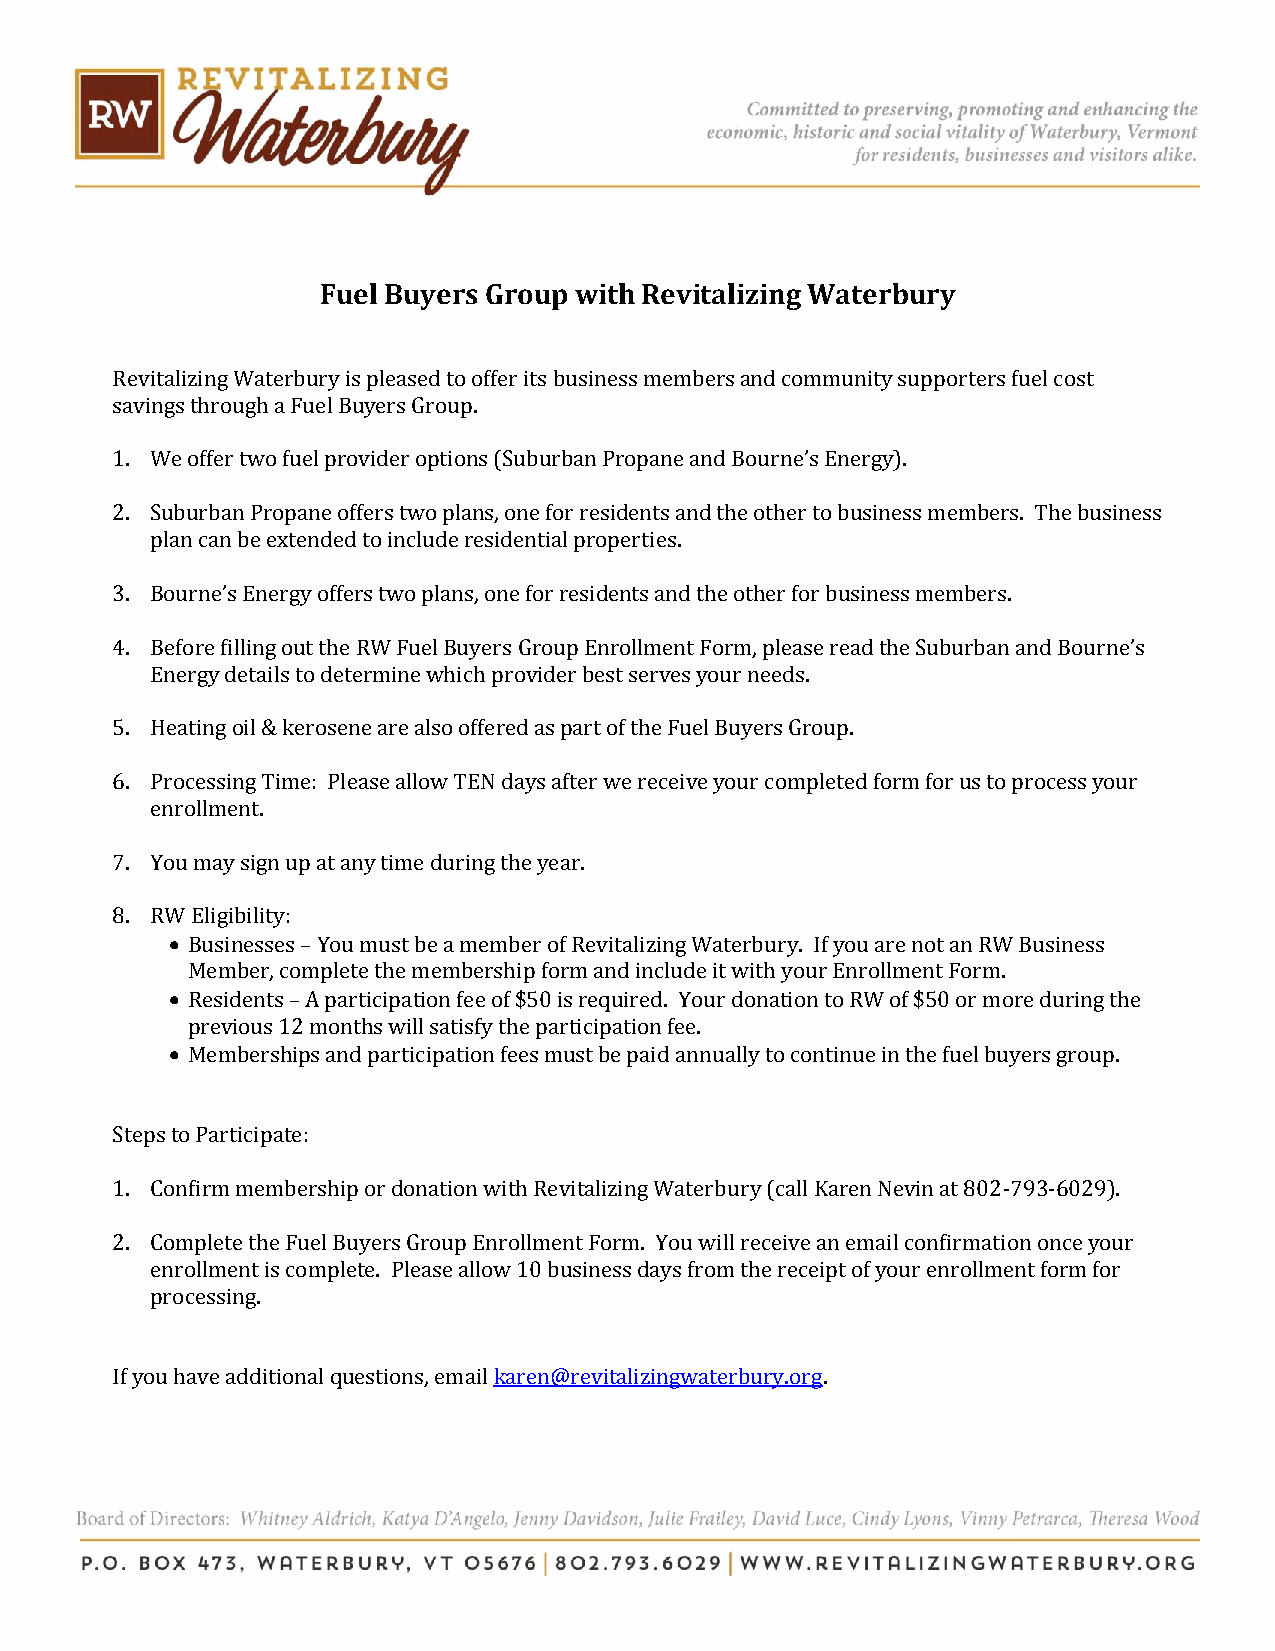
Fuel Buyers Group with Revitalizing Waterbury
 Revitalizing Waterbury is pleased to offer its business members and community supporters fuel cost
 savings through a Fuel Buyers Group.
 1. We offer two fuel provider options (Suburban Propane and Bourne’s Energy).
 2. Suburban Propane offers two plans, one for residents and the other to business members. The business
 plan can be extended to include residential properties.
 3. Bourne’s Energy offers two plans, one for residents and the other for business members.
 4. Before filling out the RW Fuel Buyers Group Enrollment Form, please read the Suburban and Bourne’s
 Energy details to determine which provider best serves your needs.
 5. Heating oil & kerosene are also offered as part of the Fuel Buyers Group.
 6. Processing Time: Please allow TEN days after we receive your completed form for us to process your
 enrollment.
 7. You may sign up at any time during the year.
 8. RW Eligibility:
  Businesses – You must be a member of Revitalizing Waterbury. If you are not an RW Business
 Member, complete the membership form and include it with your Enrollment Form.
  Residents – A participation fee of $50 is required. Your donation to RW of $50 or more during the
 previous 12 months will satisfy the participation fee.
  Memberships and participation fees must be paid annually to continue in the fuel buyers group.
 Steps to Participate:
 1. Confirm membership or donation with Revitalizing Waterbury (call Karen Nevin at 802-793-6029).
 2. Complete the Fuel Buyers Group Enrollment Form. You will receive an email confirmation once your
 enrollment is complete. Please allow 10 business days from the receipt of your enrollment form for
 processing.
 If you have additional questions, email karen@revitalizingwaterbury.org.